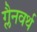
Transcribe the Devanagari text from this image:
ग्लैनवर्थ